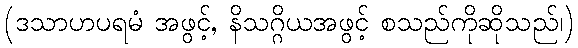
(ဒသာဟပရမံ အဖွင့်, နိသဂ္ဂိယအဖွင့် စသည်ကိုဆိုသည်၊)